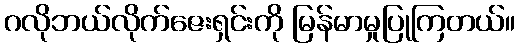
ဂလိုဘယ်လိုက်ဇေးရှင်းကို မြန်မာမှုပြုကြတယ်။